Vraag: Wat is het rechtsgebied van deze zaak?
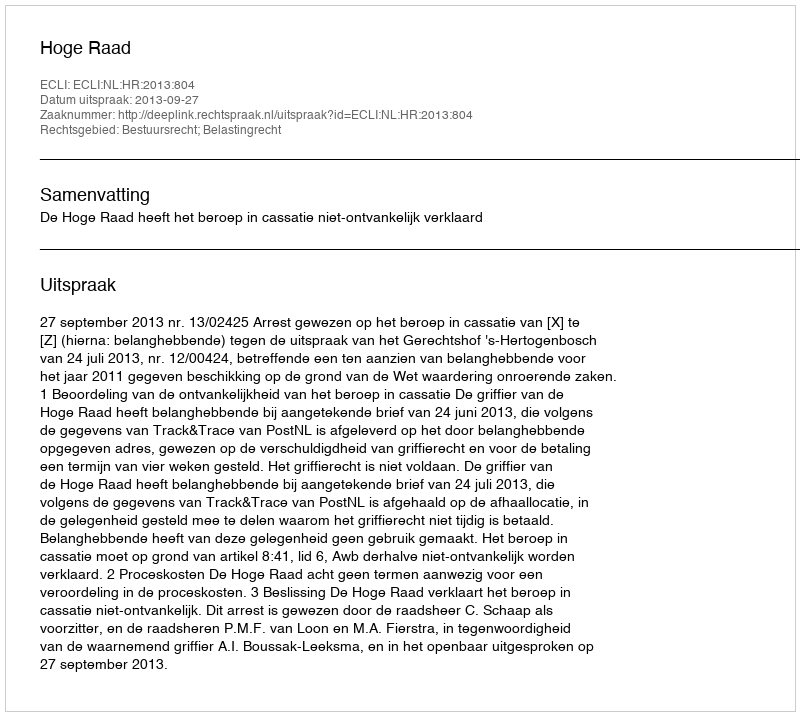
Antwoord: Bestuursrecht; Belastingrecht